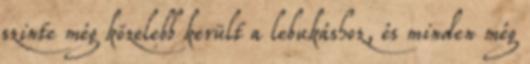
szinte még közelebb került a lebukáshoz, és minden még